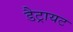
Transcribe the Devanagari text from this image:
डैट्रायट